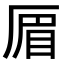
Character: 𠪃